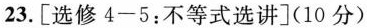
23.[选修4-5：不等式选讲](10分)